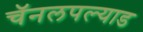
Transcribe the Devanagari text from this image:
चॅनलपल्याड